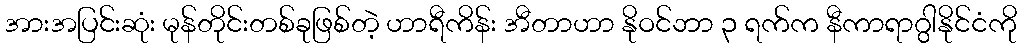
အားအပြင်းဆုံး မုန်တိုင်းတစ်ခုဖြစ်တဲ့ ဟာရီကိန်း အီတာဟာ နိုဝင်ဘာ ၃ ရက်က နီကာရာဂွါနိုင်ငံကို